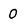
Character: 0